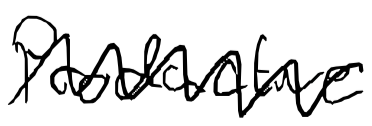
Text: productive
Cross-out: zig-zag
Writing tool: digital_black